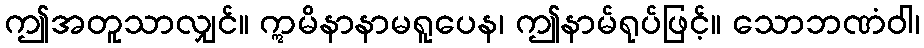
ဤအတူသာလျှင်။ ဣမိနာနာမရူပေန၊ ဤနာမ်ရုပ်ဖြင့်။ သောဘဏံဝါ၊